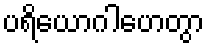
ပရိယောဂါဟေတွာ